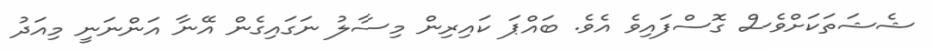
ޝެޝަތަކަށްވެސް ގޮސްފައިވެ އެވެ. ބައްޕަ ކައިިރިން މިސާލު ނަގައިގެން އޭނާ އަންނަނީ މިއަދު